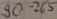
Text: 90-265